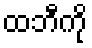
ထဘီကို